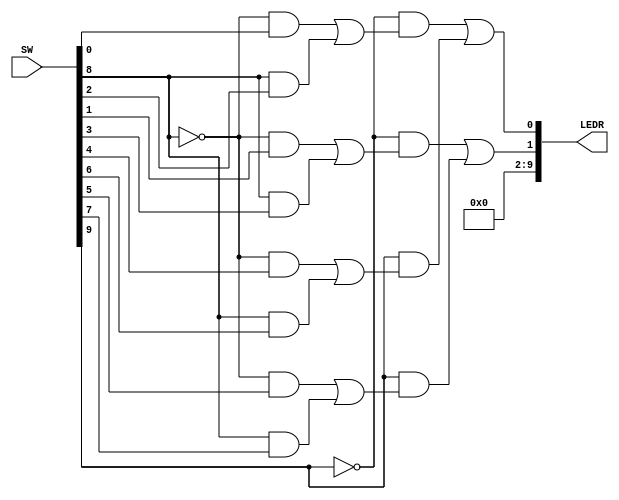
// Implements a 2-bit wide 4-to-1 multiplexer.
// inputs: SW7-0 represent data in 4 groups, U, V, W, X
//         SW9-8 selects one group from U to X
// outputs:	LEDR1-0 displays the selected group
module part3 (SW, LEDR);
	input [9:0] SW;		// toggle switches
	output [9:0] LEDR;	// red LEDs

	wire [1:0] S, U, V, W, X, M;	// M is the 2-bit-wide 4-to-1 multiplexer
	wire [1:0] U_V, W_X;				// used for first multiplexer stage, U_V selects either
	                              // U or V, and W_X selects either W or X
	assign S[1:0] = SW[9:8];
	assign U = SW[1:0];
	assign V = SW[3:2];
	assign W = SW[5:4];
	assign X = SW[7:6];

	// 2-bit wide 4-to-1 multiplexer first stage
	assign U_V[0] = (~S[0] & U[0]) | (S[0] & V[0]);	
	assign U_V[1] = (~S[0] & U[1]) | (S[0] & V[1]);	
	assign W_X[0] = (~S[0] & W[0]) | (S[0] & X[0]);	
	assign W_X[1] = (~S[0] & W[1]) | (S[0] & X[1]);	

	// 2-bit wide 4-to-1 multiplexer second stage
	assign M[0] = (~S[1] & U_V[0]) | (S[1] & W_X[0]);
	assign M[1] = (~S[1] & U_V[1]) | (S[1] & W_X[1]);

	assign LEDR[1:0] = M;
	assign LEDR[9:2] = 8'b0;

endmodule